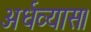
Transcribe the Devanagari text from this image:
अर्धव्यास।